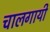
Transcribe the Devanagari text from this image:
चालगायी